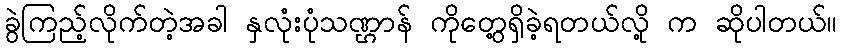
ခွဲကြည့်လိုက်တဲ့အခါ နှလုံးပုံသဏ္ဌာန် ကိုတွေ့ရှိခဲ့ရတယ်လို့ က ဆိုပါတယ်။